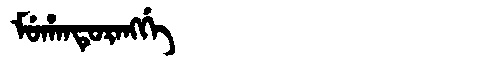
Manchu: ᠮᡠᡥᠠᠨᡨᡠᡵᠠᠩᡤᡝ
Romanization: MUHANTURANGGE